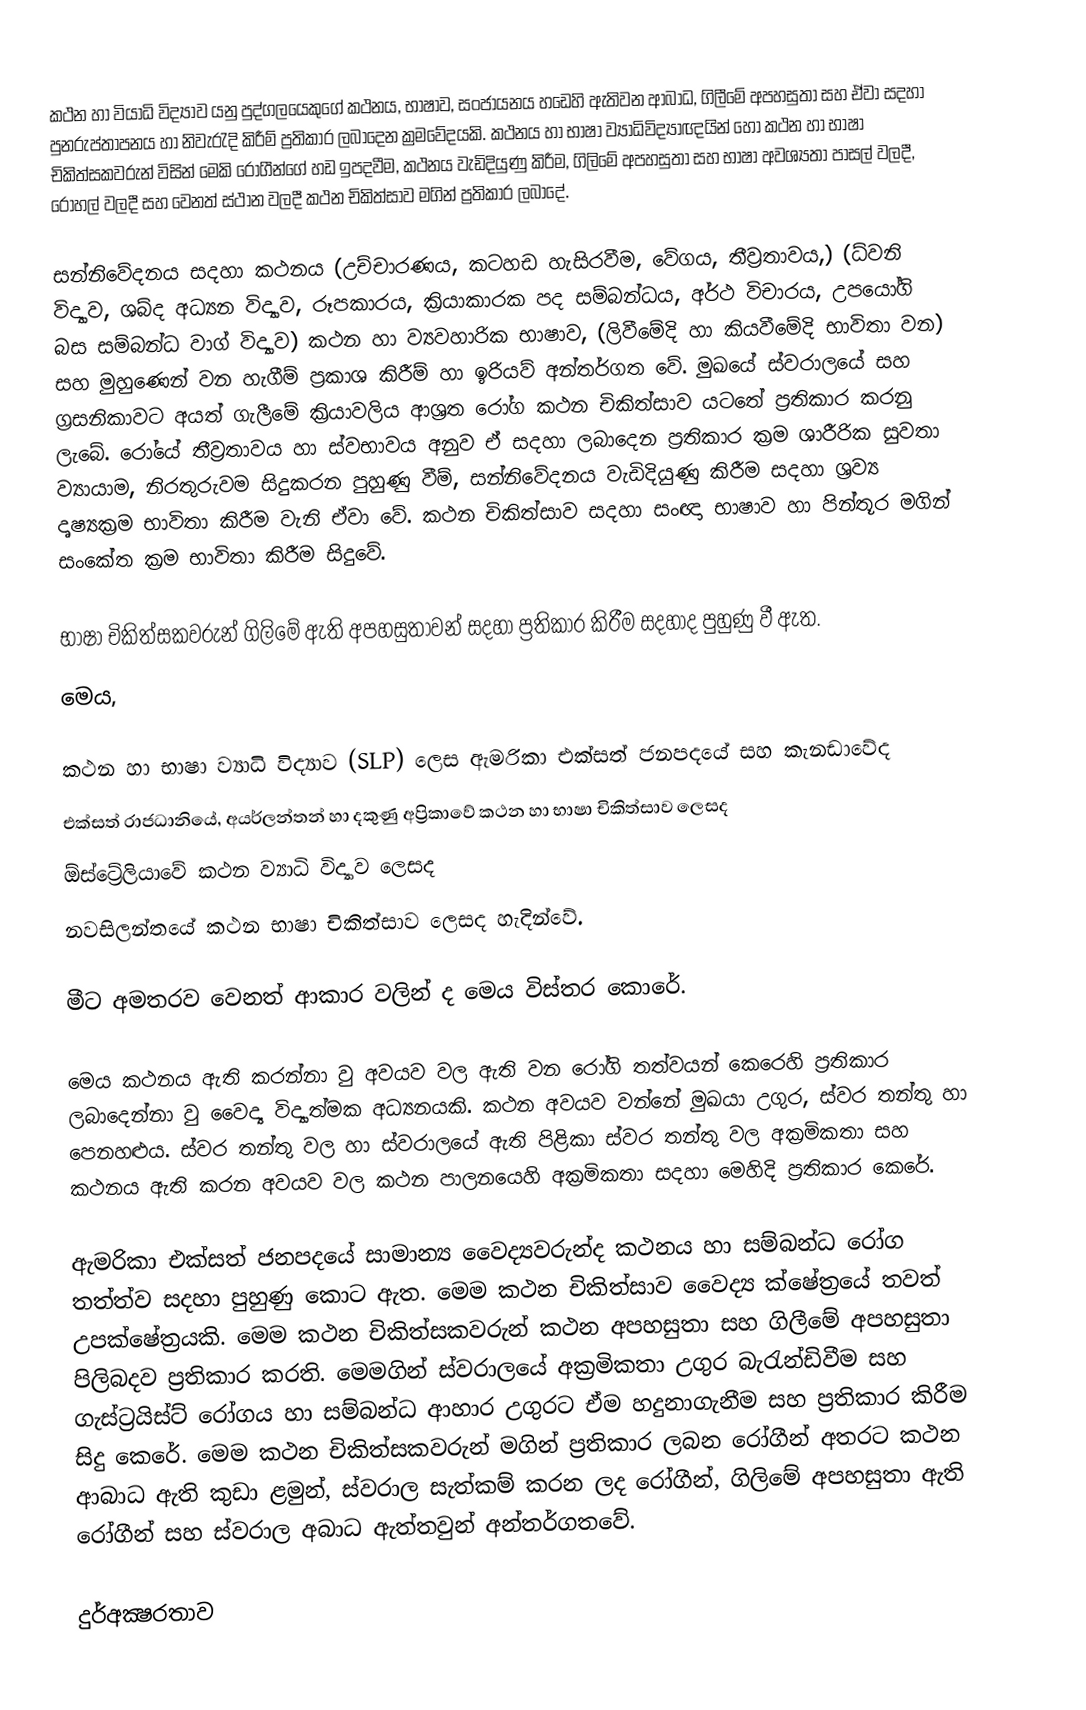
කථන හා වියාධි විද්‍යාව යනු පුද්ගලයෙකුගේ කථනය, භාෂාව, සංජායනය හඩෙහි ඇතිවන ආබාධ, ගිලීමේ අපහසුතා සහ ඒවා සදහා පුනරුප්තාපනය හා නිවැරැදි කිරීම් ප්‍රතිකාර ලබාදෙන  ක්‍රමවේදයකි.  කථනය හා භාෂා ව්‍යාධිවිද්‍යාඥයින් හෝ  කථන හා භාෂා චිකිත්සකවරුන් විසින් මෙකි රෝගීන්ගේ හඩ ඉපදවීම, කථනය වැඩිදියුණු කිරීම, ගිලිමේ අපහසුතා සහ භාෂා අවශ්‍යතා පාසල් වලදී, රෝහල් වලදී සහ වෙනත් ස්ථාන වලදී කථන චිකිත්සාව මගින් ප්‍රතිකාර ලබාදේ.

සන්නිවේදනය සදහා කථනය (උච්චාරණය, කටහඩ හැසිරවීම, වේගය, තීව්‍රතාවය,) (ධ්වනි විද්‍යාව, ශබ්ද අධ්‍යන විද්‍යාව, රූපකාරය, ක්‍රියාකාරක පද සම්බන්ධය, අර්ථ විචාරය, උපයෝගි බස සම්බන්ධ වාග් විද්‍යාව) කථන හා ව්‍යවහාරික භාෂාව, (ලිවීමේදි හා කියවීමේදි භාවිතා වන) සහ මුහුණෙන් වන හැගීම් ප්‍රකාශ කිරීම් හා ඉරියව් අන්තර්ගත වේ. මුඛයේ ස්වරාලයේ සහ ග්‍රසනිකාවට අයත් ගැලීමේ ක්‍රියාවලිය ආශ්‍රත රෝග කථන චිකිත්සාව යටතේ ප්‍රතිකාර කරනු ලැබේ. රෝයේ තීව්‍රතාවය හා ස්වභාවය අනුව ඒ සදහා ලබාදෙන ප්‍රතිකාර ක්‍රම ශාරීරික සුවතා ව්‍යායාම, නිරතුරුවම සිදුකරන පුහුණු වීම්, සන්නිවේදනය වැඩිදියුණු කිරීම සදහා ශ්‍රව්‍ය දෘෂ්‍යක්‍රම භාවිතා කිරීම වැනි ඒවා වේ. කථන චිකිත්සාව සදහා සංඥා භාෂාව හා පින්තූර මගින් සංකේත ක්‍රම භාවිතා කිරීම සිදුවේ.

භාෂා චිකිත්සකවරුන් ගිලිමේ ඇති අපහසුතාවන් සදහා ප්‍රතිකාර කිරීම සදහාද පුහුණු වී ඇත.
මෙය,

	කථන හා භාෂා ව්‍යාධි විද්‍යාව (SLP) ලෙස ඇමරිකා එක්සත් ජනපදයේ සහ කැනඩාවේද
	එක්සත් රාජධානියේ, අයර්ලන්තන් හා දකුණු අප්‍රිකාවේ කථන හා භාෂා චිකිත්සාව ලෙසද
	ඕස්ට්‍රේලියාවේ  කථන ව්‍යාධි විද්‍යාව ලෙසද
	නවසිලන්තයේ කථන භාෂා චිකිත්සාව ලෙසද හැදින්වේ.

මීට අමතරව වෙනත් ආකාර වලින් ද මෙය විස්තර කොරේ.

මෙය කථනය ඇති කරන්නා වු අවයව වල ඇති වන රෝගි තත්වයන් කෙරෙහි ප්‍රතිකාර ලබාදෙන්නා වු වෛද්‍ය විද්‍යාත්මක අධ්‍යනයකි. කථන අවයව වන්නේ මුඛයා උගුර, ස්වර තන්තු හා පෙනහළුය. ස්වර තන්තු වල හා ස්වරාලයේ ඇති පිළිකා ස්වර තන්තු වල අක්‍රමිකතා සහ කථනය ඇති කරන අවයව වල කථන පාලනයෙහි අක්‍රමිකතා සදහා මෙහිදි ප්‍රතිකාර කෙරේ.

ඇමරිකා එක්සත් ජනපදයේ සාමාන්‍ය වෛද්‍යවරුන්ද කථනය හා සම්බන්ධ රෝග තත්ත්ව සදහා පුහුණු කොට ඇත. මෙම කථන චිකිත්සාව වෛද්‍ය ක්ෂේත්‍රයේ තවත් උපක්ෂේත්‍රයකි. මෙම කථන චිකිත්සකවරුන් කථන අපහසුතා සහ ගිලීමේ අපහසුතා පිලිබදව ප්‍රතිකාර කරති. මෙමගින් ස්වරාලයේ අක්‍රමිකතා උගුර බැරැන්ඩිවීම සහ ගැස්ට්‍රයිස්ට් රෝගය හා සම්බන්ධ ආහාර උගුරට ඒම හදුනාගැනීම සහ ප්‍රතිකාර කිරීම සිදු කෙරේ. මෙම කථන චිකිත්සකවරුන් මගින් ප්‍රතිකාර ලබන රෝගීන් අතරට කථන  ආබාධ ඇති කුඩා ළමුන්, ස්වරාල සැත්කම් කරන ලද රෝගීන්, ගිලිමේ අපහසුතා ඇති රෝගීන් සහ ස්වරාල අබාධ ඇත්තවුන් අන්තර්ගතවේ.

දුර්අක්‍ෂරතාව